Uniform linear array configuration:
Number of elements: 64
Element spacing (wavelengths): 0.5
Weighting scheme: cosine
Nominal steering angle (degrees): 45
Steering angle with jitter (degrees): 46.422
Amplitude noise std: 0.05
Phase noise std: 0.05

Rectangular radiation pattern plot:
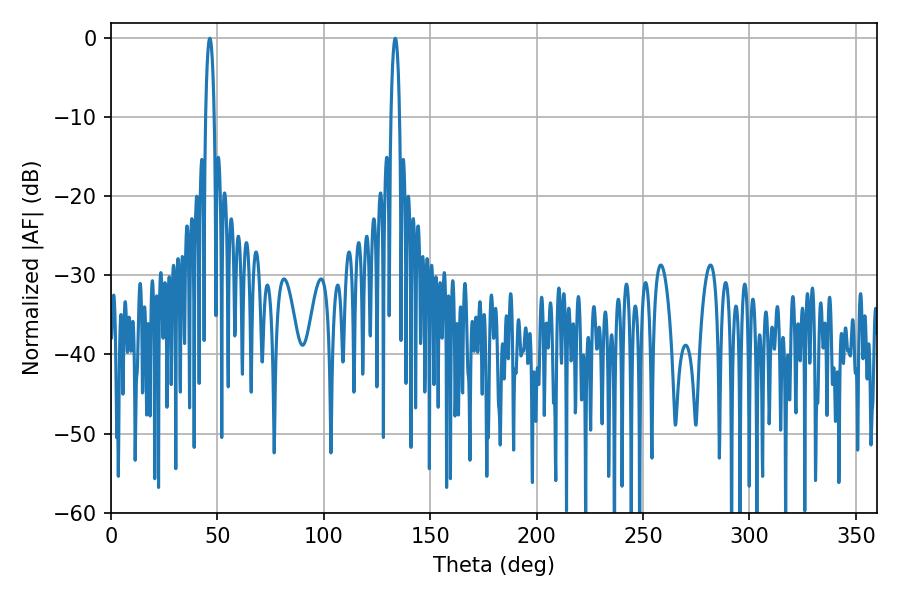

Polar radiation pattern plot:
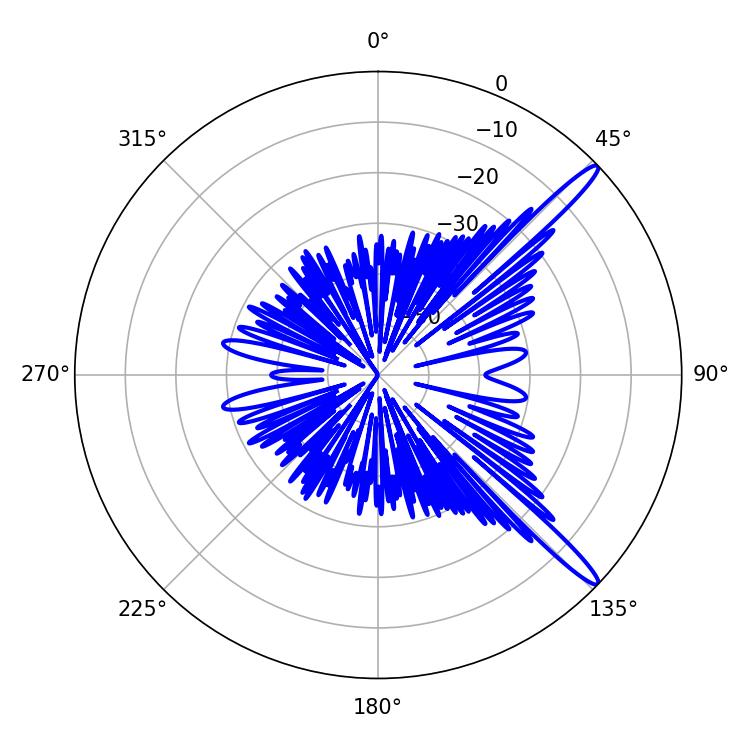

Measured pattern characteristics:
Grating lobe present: FALSE
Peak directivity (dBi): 14.827
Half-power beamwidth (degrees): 2.16
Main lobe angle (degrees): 46.44